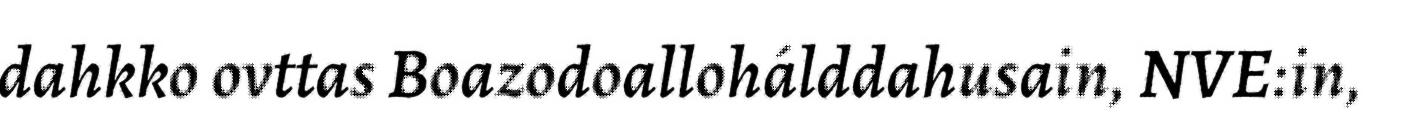
dahkko ovttas Boazodoallohálddahusain, NVE:in,